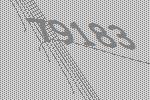
79183